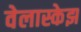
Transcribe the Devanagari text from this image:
वेलास्केझ